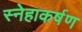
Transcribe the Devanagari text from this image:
स्नेहाकर्षण